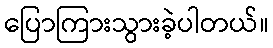
ပြောကြားသွားခဲ့ပါတယ်။